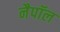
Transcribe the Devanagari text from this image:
नैपॉल